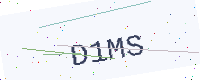
Text: D1MS